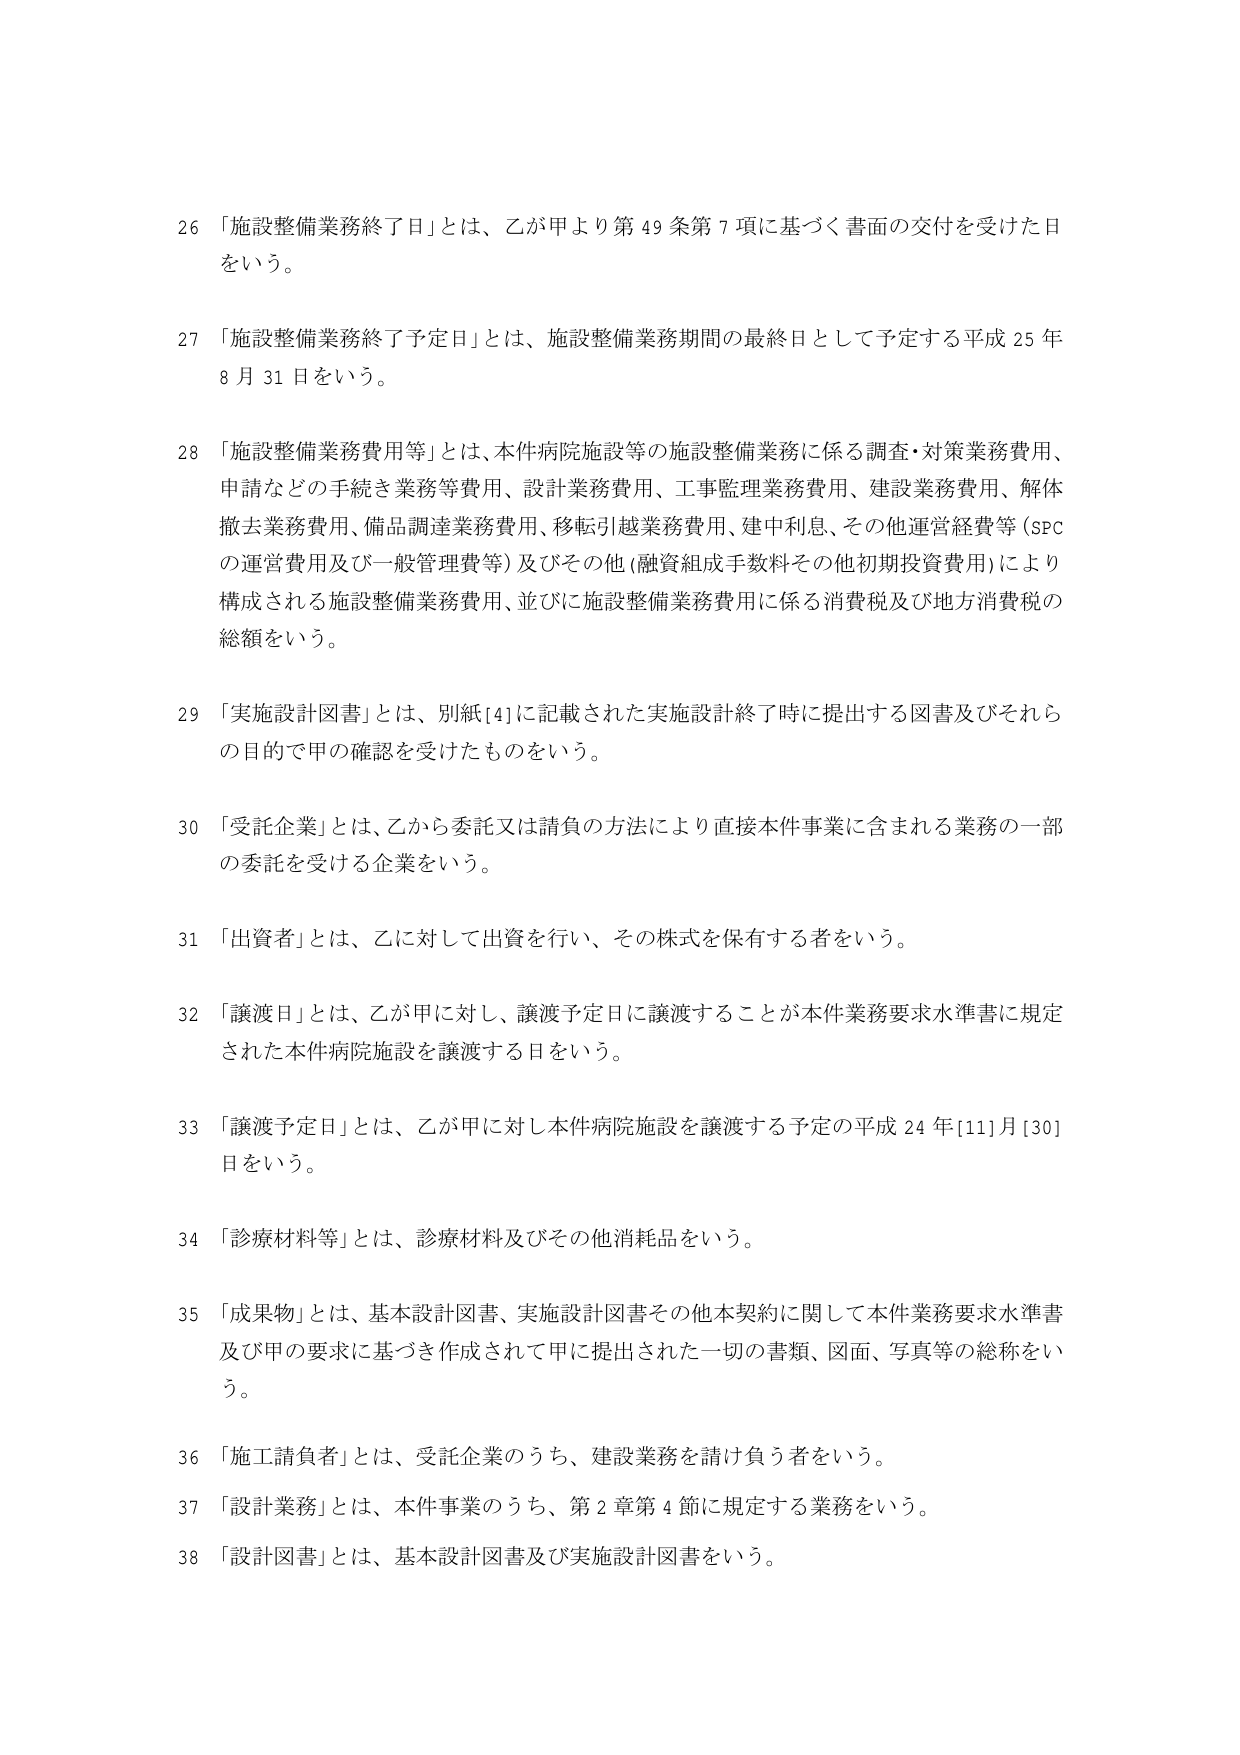
26 「施設整備業務終了日」とは、乙が甲より第49条第7項に基づく書面の交付を受けた日をいう。

27 「施設整備業務終了予定日」とは、施設整備業務期間の最終日として予定する平成25年8月31日をいう。

28 「施設整備業務費用等」とは、本件病院施設等の施設整備業務に係る調査・対策業務費用、申請などの手続き業務等費用、設計業務費用、工事監理業務費用、建設業務費用、解体撤去業務費用、備品調達業務費用、移転引越業務費用、建中利息、その他運営経費等（SPCの運営費用及び一般管理費等）及びその他（融資組成手数料その他初期投資費用）により構成される施設整備業務費用、並びに施設整備業務費用に係る消費税及び地方消費税の総額をいう。

29 「実施設計図書」とは、別紙[4]に記載された実施設計終了時に提出する図書及びそれらの目的で甲の確認を受けたものをいう。

30 「受託企業」とは、乙から委託又は請負の方法により直接本件事業に含まれる業務の一部の委託を受ける企業をいう。

31 「出資者」とは、乙に対して出資を行い、その株式を保有する者をいう。

32 「譲渡日」とは、乙が甲に対し、譲渡予定日に譲渡することが本件業務要求水準書に規定された本件病院施設を譲渡する日をいう。

33 「譲渡予定日」とは、乙が甲に対し本件病院施設を譲渡する予定の平成24年[11]月[30]日をいう。

34 「診療材料等」とは、診療材料及びその他消耗品をいう。

35 「成果物」とは、基本設計図書、実施設計図書その他本契約に関して本件業務要求水準書及び甲の要求に基づき作成されて甲に提出された一切の書類、図面、写真等の総称をいう。

36 「施工請負者」とは、受託企業のうち、建設業務を請け負う者をいう。

37 「設計業務」とは、本件事業のうち、第2章第4節に規定する業務をいう。

38 「設計図書」とは、基本設計図書及び実施設計図書をいう。